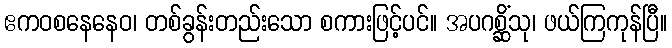
ဧကဝစနေနေဝ၊ တစ်ခွန်းတည်းသော စကားဖြင့်ပင်။ အပဂစ္ဆိံသု၊ ဖယ်ကြကုန်ပြီ။